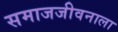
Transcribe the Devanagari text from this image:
समाजजीवनाला